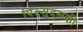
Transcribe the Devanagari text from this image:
पिल्सुद्सकी